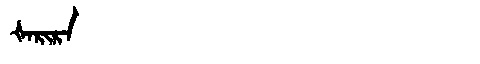
Manchu: ᡧᠠᡵᡳᡵᠠ
Romanization: ŠARIRA